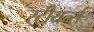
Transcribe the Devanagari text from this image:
स्टीयर्न्स